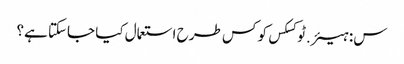
س: ہیئر.ٹوکسکس کو کس طرح استعمال کیا جاسکتا ہے؟